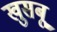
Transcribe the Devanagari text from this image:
खुसबू